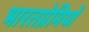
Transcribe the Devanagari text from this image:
भारतप्रेमियों